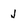
Character: J